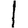
Digit: 1